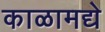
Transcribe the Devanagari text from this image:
काळामद्ये